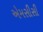
એમસીસી